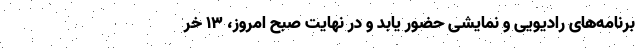
برنامه‌های رادیویی و نمایشی حضور یابد و در نهایت صبح امروز، ۱۳ خر